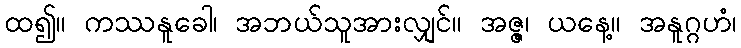
ထ၍။ ကဿနူခေါ၊ အဘယ်သူအားလျှင်။ အဇ္ဇ၊ ယနေ့။ အနူဂ္ဂဟံ၊